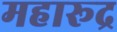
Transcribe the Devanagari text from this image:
महारूद्र